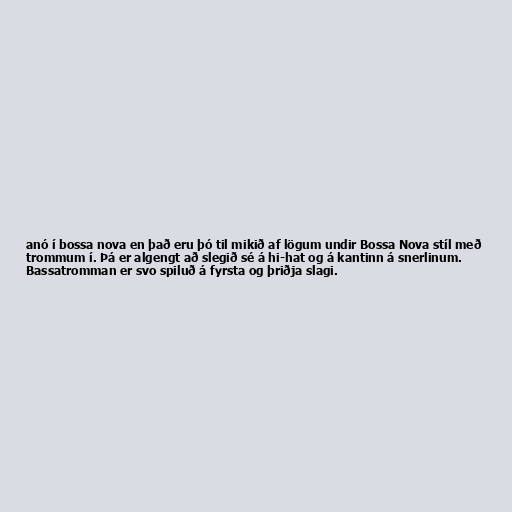
anó í bossa nova en það eru þó til mikið af lögum undir Bossa Nova stíl með
trommum í. Þá er algengt að slegið sé á hi-hat og á kantinn á snerlinum.
Bassatromman er svo spiluð á fyrsta og þriðja slagi.